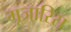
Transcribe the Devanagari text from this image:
गूजारिस